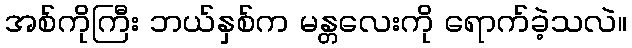
အစ်ကိုကြီး ဘယ်နှစ်က မန္တလေးကို ရောက်ခဲ့သလဲ။